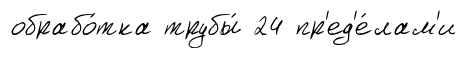
обрабо́тка трубы́ 24 пр'ед'е́лам'и